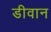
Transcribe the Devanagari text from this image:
डीवान